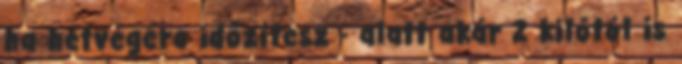
ha hétvégére időzítesz - alatt akár 2 kilótól is